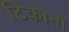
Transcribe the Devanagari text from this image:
टिकाता